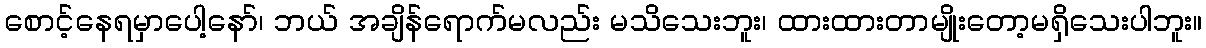
စောင့်နေရမှာပေါ့နော်၊ ဘယ် အချိန်ရောက်မလည်း မသိသေးဘူး၊ ထားထားတာမျိုးတော့မရှိသေးပါဘူး။